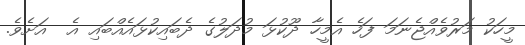
މީހަކު މަރުވެއްޖެނަމަ ފަހެ އެމީހާ ދޫކުޅަ މުދަލުގެ ދެބައިކުޅައެއްބައި އެ  އަށެވެ.